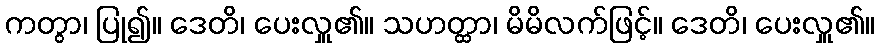
ကတွာ၊ ပြု၍။ ဒေတိ၊ ပေးလှူ၏။ သဟတ္ထာ၊ မိမိလက်ဖြင့်။ ဒေတိ၊ ပေးလှူ၏။